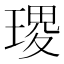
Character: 𭹭